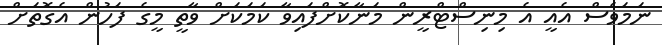
ނަމަވެސް އެއީ އެ މިނިސްޓްރީން މަނާކޮށްފައިވާ ކަމަކަށް ވާތީ މީގެ ފަހުން އެގޮތަށް